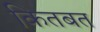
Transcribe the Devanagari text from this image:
कितबत